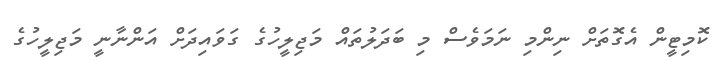
ކޮމިޓީން އެގޮތަށް ނިންމި ނަމަވެސް މި ބަދަލުތައް މަޖިލީހުގެ ގަވައިދަށް އަންނާނީ މަޖިލީހުގެ